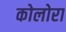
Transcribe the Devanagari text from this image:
कोलोरा